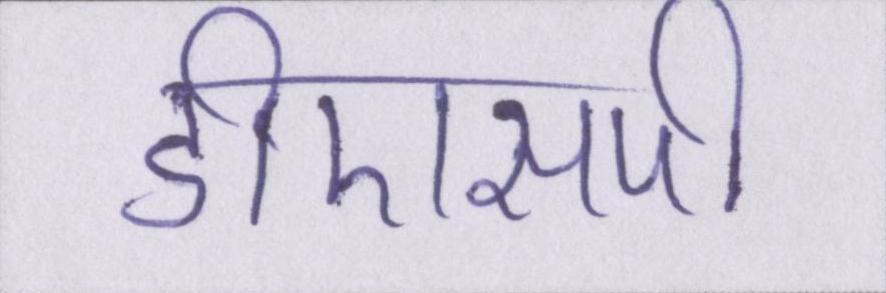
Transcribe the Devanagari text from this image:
डीएसपी